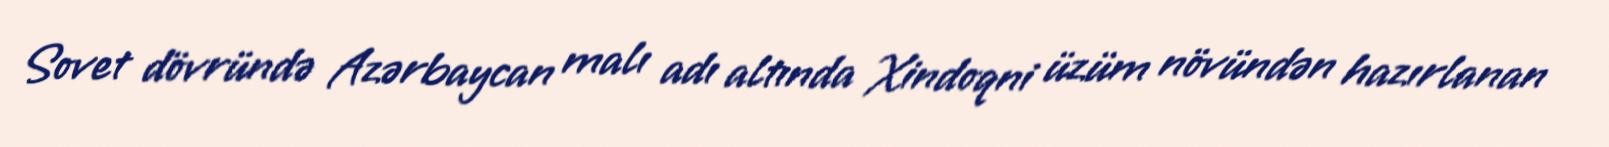
Sovet dövründə Azərbaycan malı adı altında Xindoqni üzüm növündən hazırlanan